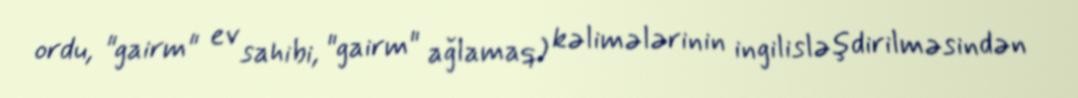
ordu, "gairm" ev sahibi, "gairm" ağlamaq) kəlimələrinin ingilisləşdirilməsindən